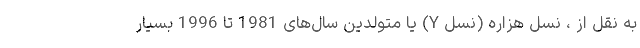
به نقل از ، نسل هزاره (نسل Y) یا متولدین سال‌های 1981 تا 1996 بسیار